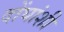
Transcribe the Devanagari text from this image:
दोंघांशी